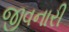
જીવનારી